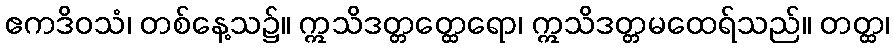
ဧကဒိဝသံ၊ တစ်နေ့သ၌။ ဣသိဒတ္တတ္ထေရော၊ ဣသိဒတ္တမထေရ်သည်။ တတ္ထ၊